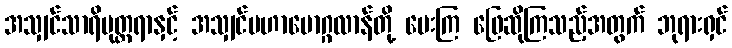
အသျှင်သာရိပုတ္တရာနှင့် အသျှင်မဟာမောဂ္ဂလာန်တို့ မေးကြ ဖြေဆိုကြသည့်အတွက် ဘုရားရှင်